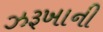
ઝરૂખાની